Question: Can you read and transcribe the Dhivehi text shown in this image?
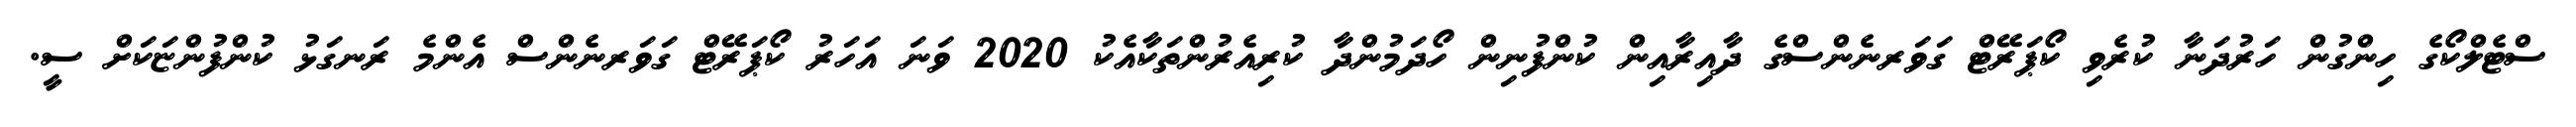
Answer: ސްޓެލްކޯގެ ހިންގުން ހަރުދަނާ ކުރެވި ކޯޕަރޭޓް ގަވަރނެންސްގެ ދާއިރާއިން ކުންފުނިން ހޯދަމުންދާ ކުރިއެރުންތަކާއެކު 2020 ވަނަ އަހަރު ކޯޕަރޭޓް ގަވަރނެންސް އެންމެ ރަނގަޅު ކުންފުންޏަކަށް ސީ.